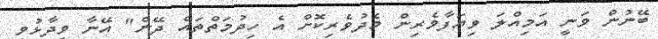
ބޭނުން ވަނީ އަމިއްލަ ވިޔަފާވެރިން މެދުވެރިކޮށް އެ ހިދުމަތްތައް ދޭން" އޭނާ ވިދާޅުވި